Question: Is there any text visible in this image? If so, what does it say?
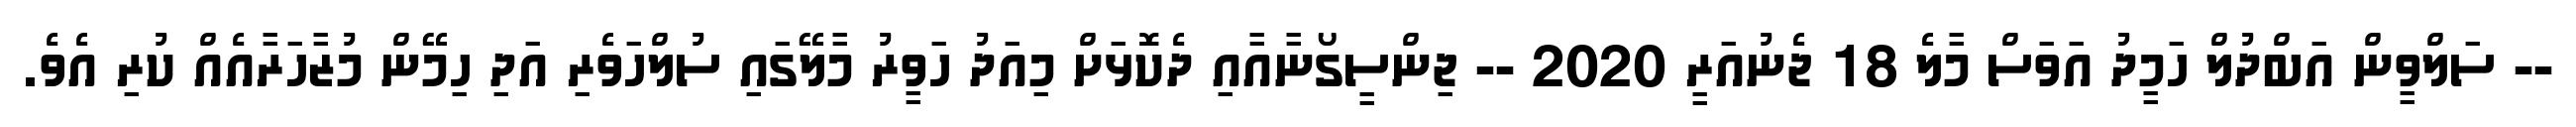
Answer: -- ސަލްވީން އަބްދުލް ހަމީދު އަވަސް މާލެ 18 ޖެނުއަރީ 2020 -- ޖިންސީގޯނާއާއި ދެކޮޅަށް މިއަދު ހަވީރު މާލޭގައި ސުލްހަވެރި އަދި ހިމޭން މުޒާހަރާއެއް ކުރި އެވެ.